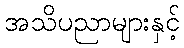
အသိပညာများနှင့်